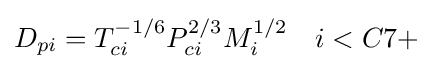
D_{pi}=T_{ci}^{-1/6}P_{ci}^{2/3}M_{i}^{1/2}\quad i<C7+